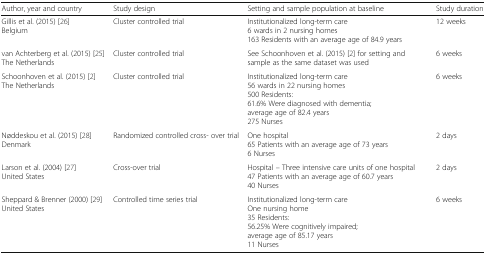
| Author, year and country | Study design | Setting and sample population at baseline | Study duration |
 | --- | --- | --- | --- |
 | Gillis et al. (2015) [26]Belgium | Cluster controlled trial | Institutionalized long-term care6 wards in 2 nursing homes163 Residents with an average age of 84.9 years | 12 weeks |
 | van Achterberg et al. (2015) [25]The Netherlands | Cluster controlled trial | See Schoonhoven et al. (2015) [2] for setting and sample as the same dataset was used | 6 weeks |
 | Schoonhoven et al. (2015) [2]The Netherlands | Cluster controlled trial | Institutionalized long-term care56 wards in 22 nursing homes500 Residents:61.6% Were diagnosed with dementia;average age of 82.4 years275 Nurses | 6 weeks |
 | Nøddeskou et al. (2015) [28]Denmark | Randomized controlled cross- over trial | One hospital65 Patients with an average age of 73 years6 Nurses | 2 days |
 | Larson et al. (2004) [27]United States | Cross-over trial | Hospital – Three intensive care units of one hospital47 Patients with an average age of 60.7 years40 Nurses | 2 days |
 | Sheppard & Brenner (2000) [29]United States | Controlled time series trial | Institutionalized long-term careOne nursing home35 Residents:56.25% Were cognitively impaired;average age of 85.17 years11 Nurses | 6 weeks |